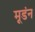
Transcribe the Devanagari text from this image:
मूडंन